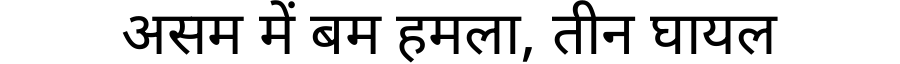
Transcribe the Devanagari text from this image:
असम में बम हमला, तीन घायल